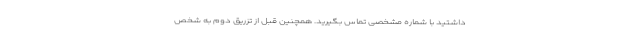
داشتید با شماره مشخصی تماس بگیرید. همچنین قبل از تزریق دوم به شخص